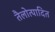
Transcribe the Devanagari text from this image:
तैलोत्पादित